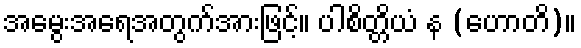
အမွေးအရေအတွက်အားဖြင့်။ ပါစိတ္တိယံ န (ဟောတိ)။